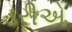
ડરીએ